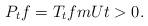
LaTeX: \begin{align*} P_t f = T_t f m U t>0. \end{align*}